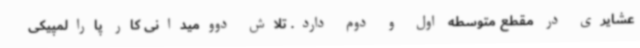
عشایری در مقطع متوسطه اول و دوم دارد. تلاش دوومیدانی کار پارالمپیکی